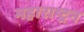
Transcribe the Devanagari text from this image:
महाराष्ट्रन